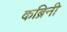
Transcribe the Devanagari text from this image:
कब्रिनी